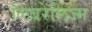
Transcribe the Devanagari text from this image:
लिबरेलिज्म